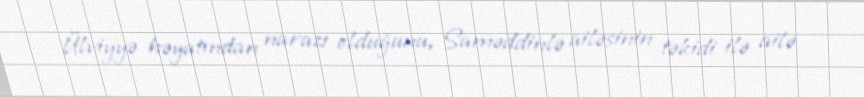
Ülviyyə həyatından narazı olduğunu, Saməddinlə ailəsinin təkidi ilə ailə